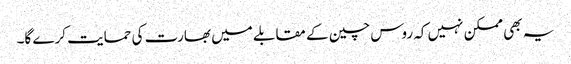
یہ بھی ممکن نہیں کہ روس چین کے مقابلے میں بھارت کی حمایت کرے گا۔